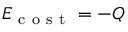
E _ { \mathrm { ~ c ~ o ~ s ~ t ~ } } = - Q